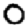
Digit: 0